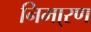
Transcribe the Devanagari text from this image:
निमा्रण